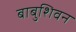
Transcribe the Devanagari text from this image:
बाबुशिवन